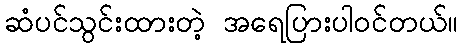
ဆံပင်သွင်းထားတဲ့ အရေပြားပါဝင်တယ်။